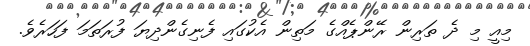
މިއީ މި ދެ ތަރިން ރޭންޕެއްގެ މަތިން އެކުގައި ފެނިގެންދިޔަ ފުރަތަމަ ފަހަރެވެ.